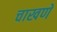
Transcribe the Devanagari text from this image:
चाखणे